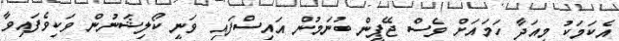
އެކަމަކު މިއަދާ ހަމައަށް ވެސް ޖޭޕީން ބުނަމުން އައިސްފައި ވަނީ ކޯލިޝަނުން ވަކިވެފައިވާ